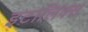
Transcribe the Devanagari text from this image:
इटालिक्स